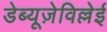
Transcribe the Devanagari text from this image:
डेब्यूज़ेविल्लेई